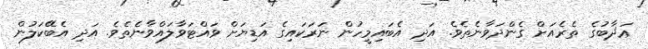
ޢަޛާބުގެ ތެރެއަށް ގެންދަވާނެތެވެ. އަދި އެބައިމީހުން ނަރަކައިގެ އަޑިޔަށް ވައްޓަވާލައްވާނެތެވެ. އަދި އެބޭކަލުން